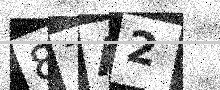
Text: 87A2